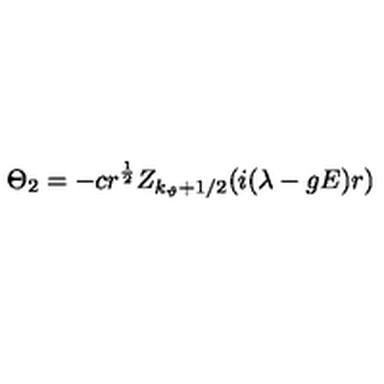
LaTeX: \Theta _ { 2 } = - c r ^ { \frac 1 2 } Z _ { k _ { \vartheta } + 1 / 2 } ( i ( \lambda - g E ) r )